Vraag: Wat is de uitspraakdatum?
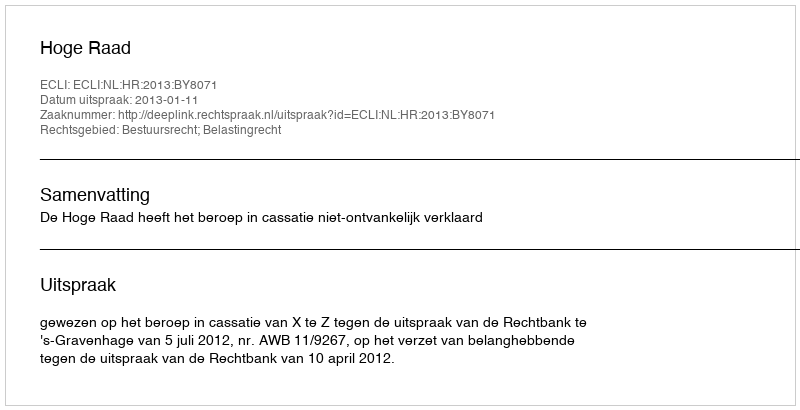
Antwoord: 2013-01-11